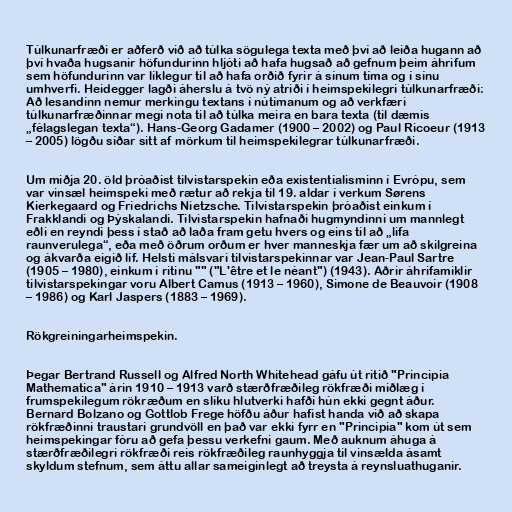
Túlkunarfræði er aðferð við að túlka sögulega texta með því að leiða hugann að
því hvaða hugsanir höfundurinn hljóti að hafa hugsað að gefnum þeim áhrifum
sem höfundurinn var líklegur til að hafa orðið fyrir á sínum tíma og í sínu
umhverfi. Heidegger lagði áherslu á tvö ný atriði í heimspekilegri túlkunarfræði:
Að lesandinn nemur merkingu textans í nútímanum og að verkfæri
túlkunarfræðinnar megi nota til að túlka meira en bara texta (til dæmis
„félagslegan texta“). Hans-Georg Gadamer (1900 – 2002) og Paul Ricoeur (1913
– 2005) lögðu síðar sitt af mörkum til heimspekilegrar túlkunarfræði.

Um miðja 20. öld þróaðist tilvistarspekin eða existentíalisminn í Evrópu, sem
var vinsæl heimspeki með rætur að rekja til 19. aldar í verkum Sørens
Kierkegaard og Friedrichs Nietzsche. Tilvistarspekin þróaðist einkum í
Frakklandi og Þýskalandi. Tilvistarspekin hafnaði hugmyndinni um mannlegt
eðli en reyndi þess í stað að laða fram getu hvers og eins til að „lifa
raunverulega“, eða með öðrum orðum er hver manneskja fær um að skilgreina
og ákvarða eigið líf. Helsti málsvari tilvistarspekinnar var Jean-Paul Sartre
(1905 – 1980), einkum í ritinu "" ("L'être et le néant") (1943). Aðrir áhrifamiklir
tilvistarspekingar voru Albert Camus (1913 – 1960), Simone de Beauvoir (1908
– 1986) og Karl Jaspers (1883 – 1969).

Rökgreiningarheimspekin.

Þegar Bertrand Russell og Alfred North Whitehead gáfu út ritið "Principia
Mathematica" árin 1910 – 1913 varð stærðfræðileg rökfræði miðlæg í
frumspekilegum rökræðum en slíku hlutverki hafði hún ekki gegnt áður.
Bernard Bolzano og Gottlob Frege höfðu áður hafist handa við að skapa
rökfræðinni traustari grundvöll en það var ekki fyrr en "Principia" kom út sem
heimspekingar fóru að gefa þessu verkefni gaum. Með auknum áhuga á
stærðfræðilegri rökfræði reis rökfræðileg raunhyggja til vinsælda ásamt
skyldum stefnum, sem áttu allar sameiginlegt að treysta á reynsluathuganir.